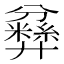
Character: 𱝘